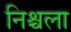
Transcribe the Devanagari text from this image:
निश्चला